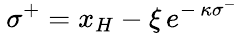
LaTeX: \: \sigma^{+}=x_{H}-\xi\, e^{-\, \kappa\sigma^{-}}\: